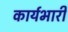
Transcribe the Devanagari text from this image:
कार्यभारी